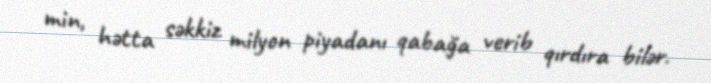
min, hətta səkkiz milyon piyadanı qabağa verib qırdıra bilər.